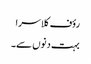
رؤف کلاسرا
بہت دنوں سے۔